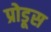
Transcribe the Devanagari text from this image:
प्रोडूस